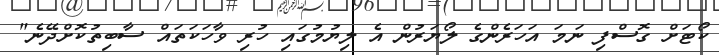
ކޯޓަށް ގޮސްފި ނަމަ އަހަރެންގެ ލޯޔަރުން އެ ލިޔުމުގައި ހުރި ވާހަކަތައް ސާބިތުކޮށްދޭނެ"